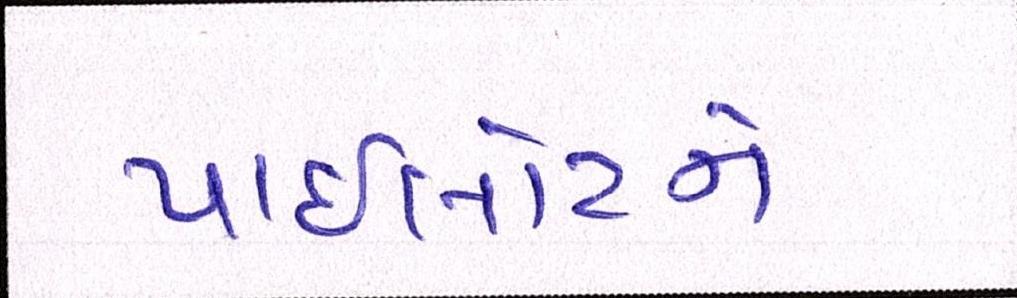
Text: પાઈલોટને